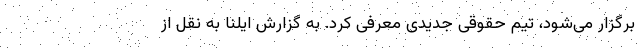
برگزار می‌شود، تیم حقوقی جدیدی معرفی کرد. به گزارش ایلنا به نقل از